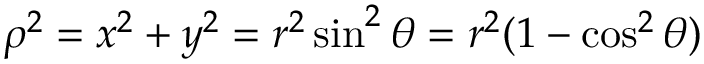
\rho ^ { 2 } = x ^ { 2 } + y ^ { 2 } = r ^ { 2 } \sin ^ { 2 } \theta = r ^ { 2 } ( 1 - \cos ^ { 2 } \theta )